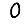
Digit: 0